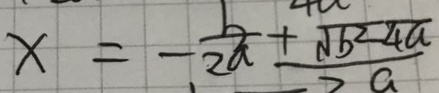
x = - \frac { b } { 2 a } + \frac { \sqrt { b ^ { 2 } - 4 a } } { a }